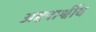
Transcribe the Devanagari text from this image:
अष्टपार्श्वीय